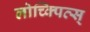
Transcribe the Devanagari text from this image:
लोच्क्पित्स्